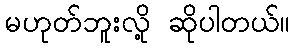
မဟုတ်ဘူးလို့ ဆိုပါတယ်။